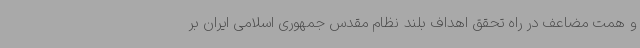
و همت مضاعف در راه تحقق اهداف بلند نظام مقدس جمهوری اسلامی ایران بر